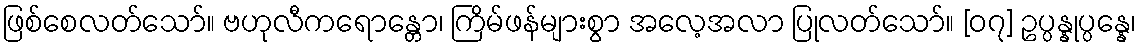
ဖြစ်စေလတ်သော်။ ဗဟုလီကရောန္တော၊ ကြိမ်ဖန်များစွာ အလေ့အလာ ပြုလတ်သော်။ [၀၇] ဥပ္ပန္နုပ္ပန္နေ၊